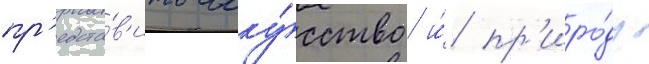
пр'едста́в'ить иску́сство и́ пр'иро́ду